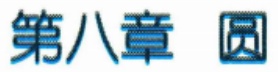
第八章 圆